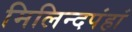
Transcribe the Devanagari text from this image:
मिलिन्दपंहां